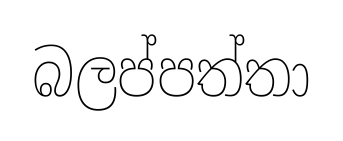
බලප්පත්තා